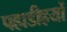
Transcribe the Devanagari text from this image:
पहाडीहयों